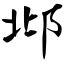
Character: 邶